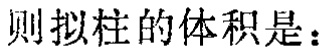
则拟柱的体积是：